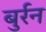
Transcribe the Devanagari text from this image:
बुर्रन